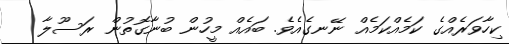
ކިހާވަރެއްގެ ކަމެއްކަމެއް ނޭނގެއެވެ. ބައެއް މީހުން ބުނާގޮތުން ރަސޫލާ